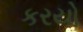
કરયો